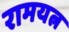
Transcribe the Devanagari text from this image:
रामयत्न